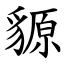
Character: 䝠